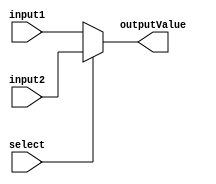
`timescale 1ns / 1ps
//////////////////////////////////////////////////////////////////////////////////
// Company: 
// Engineer: 
// 
// Design Name: 
// Module Name:    MUX_2x1 
// Project Name: 
// Target Devices: 
// Tool versions: 
// Description: 
//
// Dependencies: 
//
// Revision: 
// Revision 0.01 - File Created
// Additional Comments: 
//
//////////////////////////////////////////////////////////////////////////////////
module MUX_2x1(
    input [7:0] input1,
    input [7:0] input2,
    input select,
    output [7:0] outputValue
    );
	
	assign outputValue = select ? input2 : input1;

endmodule